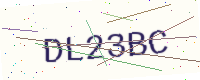
Text: DL23BC